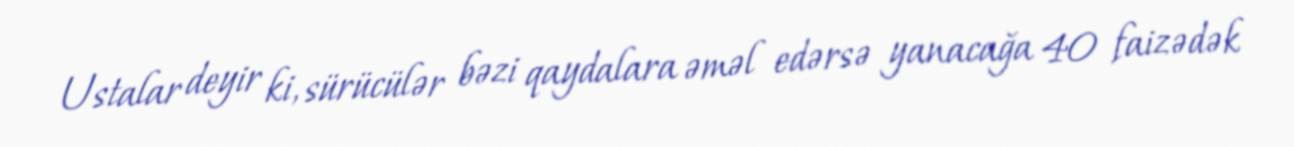
Ustalar deyir ki, sürücülər bəzi qaydalara əməl edərsə yanacağa 40 faizədək